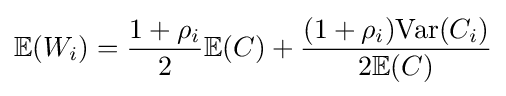
\mathbb {E} (W_{i})={\frac {1+\rho _{i}}{2}}\mathbb {E} (C)+{\frac {(1+\rho _{i}){\text{Var}}(C_{i})}{2\mathbb {E} (C)}}